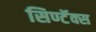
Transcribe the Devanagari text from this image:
सिण्टॅक्स